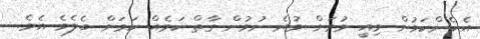
އެހެންކަމުން މިއީ ވުމަށް ވުރެ ނުވުން ގާތް ކަމެއް ކަމަށް ބެލެވެ އެވެ.